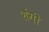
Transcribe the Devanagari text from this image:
शेंगी